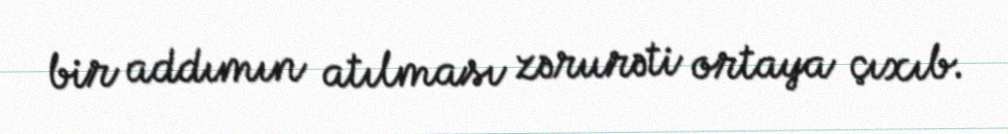
bir addımın atılması zərurəti ortaya çıxıb.